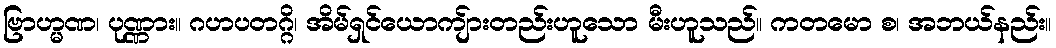
ဗြာဟ္မဏ၊ ပုဏ္ဏား။ ဂဟပတဂ္ဂိ၊ အိမ်ရှင်ယောကျ်ားတည်းဟူသော မီးဟူသည်။ ကတမော စ၊ အဘယ်နည်း။